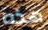
هذه